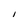
Character: I